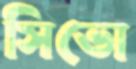
সিভো